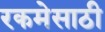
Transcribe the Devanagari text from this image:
रकमेसाठी